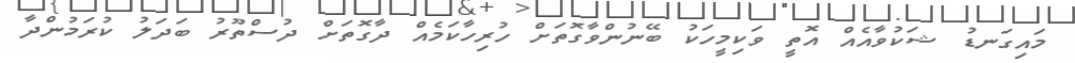
މައިގަނޑު ޝަކުވާއެއް އޮތީ ވަކިމީހަކު ބޭނުންވާގޮތަށް ހުރިހާކަމެއް ދާގޮތަށް ދުސްތޫރު ބަދަލު ކުރަަމުންދާ